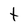
Character: t